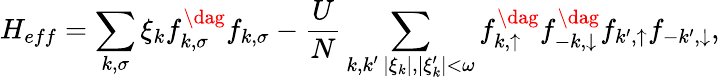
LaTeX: H_{eff}=\sum_{k,\sigma}\xi_{k}f_{k,\sigma}^{\dag}f_{k,\sigma}-\frac{U}{N}\sum_{\substack{k,k^{\prime}\, |\xi_{k}|,|\xi_{k}^{\prime}|<\omega}}f_{k,\uparrow}^{\dag}f_{-k,\downarrow}^{\dag}f_{k^{\prime},\uparrow}f_{-k^{\prime},\downarrow},